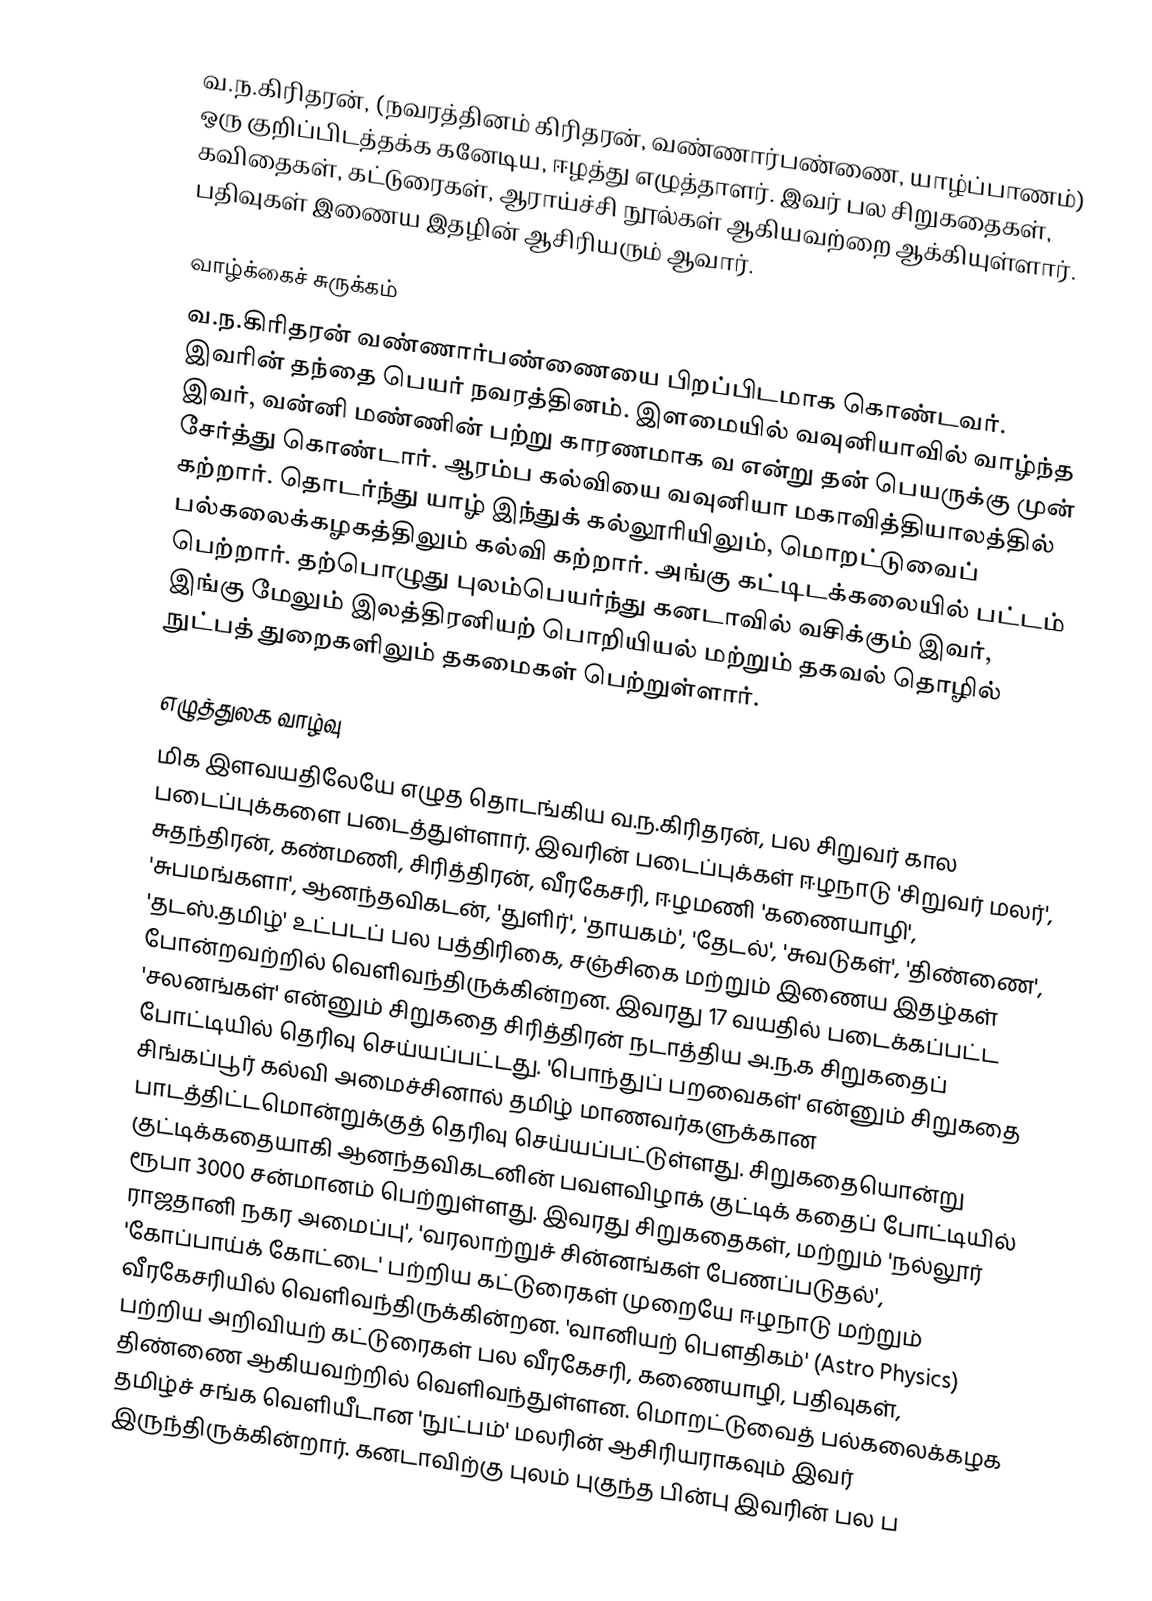
வ.ந.கிரிதரன், (நவரத்தினம் கிரிதரன், வண்ணார்பண்ணை, யாழ்ப்பாணம்) ஒரு குறிப்பிடத்தக்க கனேடிய, ஈழத்து எழுத்தாளர்.  இவர் பல சிறுகதைகள், கவிதைகள், கட்டுரைகள், ஆராய்ச்சி நூல்கள் ஆகியவற்றை ஆக்கியுள்ளார். பதிவுகள் இணைய இதழின் ஆசிரியரும் ஆவார்.

வாழ்க்கைச் சுருக்கம்
வ.ந.கிரிதரன் வண்ணார்பண்ணையை பிறப்பிடமாக கொண்டவர்.  இவரின் தந்தை பெயர் நவரத்தினம்.  இளமையில் வவுனியாவில் வாழ்ந்த இவர், வன்னி மண்ணின் பற்று காரணமாக வ என்று தன் பெயருக்கு முன்  சேர்த்து கொண்டார். ஆரம்ப கல்வியை வவுனியா மகாவித்தியாலத்தில் கற்றார்.  தொடர்ந்து யாழ் இந்துக் கல்லூரியிலும், மொறட்டுவைப் பல்கலைக்கழகத்திலும் கல்வி கற்றார்.  அங்கு கட்டிடக்கலையில் பட்டம் பெற்றார். தற்பொழுது புலம்பெயர்ந்து கனடாவில் வசிக்கும் இவர், இங்கு மேலும் இலத்திரனியற் பொறியியல் மற்றும் தகவல் தொழில் நுட்பத் துறைகளிலும் தகமைகள் பெற்றுள்ளார்.

எழுத்துலக வாழ்வு
மிக இளவயதிலேயே எழுத தொடங்கிய வ.ந.கிரிதரன், பல சிறுவர் கால படைப்புக்களை படைத்துள்ளார். இவரின் படைப்புக்கள் ஈழநாடு 'சிறுவர் மலர்', சுதந்திரன், கண்மணி, சிரித்திரன், வீரகேசரி, ஈழமணி  'கணையாழி', 'சுபமங்களா', ஆனந்தவிகடன், 'துளிர்', 'தாயகம்', 'தேடல்', 'சுவடுகள்', 'திண்ணை', 'தடஸ்.தமிழ்' உட்படப் பல பத்திரிகை, சஞ்சிகை மற்றும் இணைய இதழ்கள் போன்றவற்றில் வெளிவந்திருக்கின்றன.  இவரது 17 வயதில் படைக்கப்பட்ட 'சலனங்கள்' என்னும் சிறுகதை சிரித்திரன் நடாத்திய அ.ந.க சிறுகதைப் போட்டியில் தெரிவு செய்யப்பட்டது. 'பொந்துப் பறவைகள்' என்னும் சிறுகதை சிங்கப்பூர் கல்வி அமைச்சினால் தமிழ் மாணவர்களுக்கான பாடத்திட்டமொன்றுக்குத் தெரிவு செய்யப்பட்டுள்ளது. சிறுகதையொன்று  குட்டிக்கதையாகி ஆனந்தவிகடனின் பவளவிழாக் குட்டிக் கதைப் போட்டியில் ரூபா 3000 சன்மானம் பெற்றுள்ளது. இவரது சிறுகதைகள், மற்றும் 'நல்லூர் ராஜதானி நகர அமைப்பு', 'வரலாற்றுச் சின்னங்கள் பேணப்படுதல்', 'கோப்பாய்க் கோட்டை' பற்றிய கட்டுரைகள் முறையே ஈழநாடு மற்றும் வீரகேசரியில் வெளிவந்திருக்கின்றன. 'வானியற் பெளதிகம்' (Astro Physics) பற்றிய அறிவியற் கட்டுரைகள் பல வீரகேசரி, கணையாழி, பதிவுகள், திண்ணை ஆகியவற்றில் வெளிவந்துள்ளன. மொறட்டுவைத் பல்கலைக்கழக தமிழ்ச் சங்க  வெளியீடான 'நுட்பம்' மலரின் ஆசிரியராகவும் இவர் இருந்திருக்கின்றார்.  கனடாவிற்கு புலம் புகுந்த பின்பு இவரின் பல ப